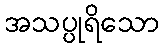
အသပ္ပုရိသော